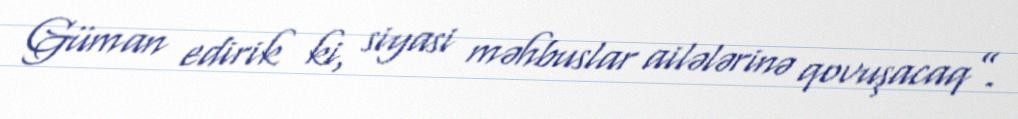
Güman edirik ki, siyasi məhbuslar ailələrinə qovuşacaq”.